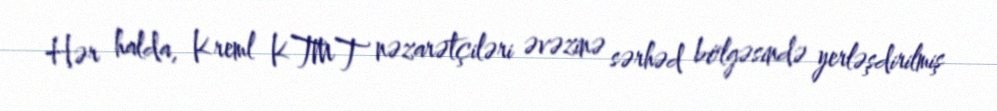
Hər halda, Kreml KTMT nəzarətçiləri əvəzinə sərhəd bölgəsində yerləşdirilmiş